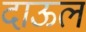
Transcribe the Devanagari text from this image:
दाऊल